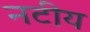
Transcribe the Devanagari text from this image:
नटीय